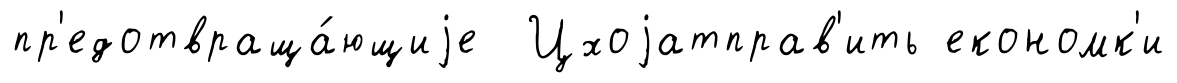
пр'едотвраща́ющиjе Цхоjатправ'ить економк'и